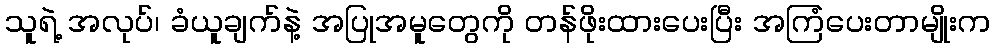
သူရဲ့ အလုပ်၊ ခံယူချက်နဲ့ အပြုအမူတွေကို တန်ဖိုးထားပေးပြီး အကြံပေးတာမျိုးက